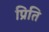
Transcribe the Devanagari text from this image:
प्रिति